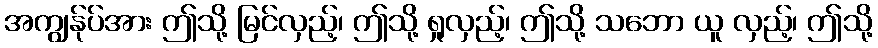
အကျွန်ုပ်အား ဤသို့ မြင်လှည့်၊ ဤသို့ ရှုလှည့်၊ ဤသို့ သဘော ယူ လှည့်၊ ဤသို့